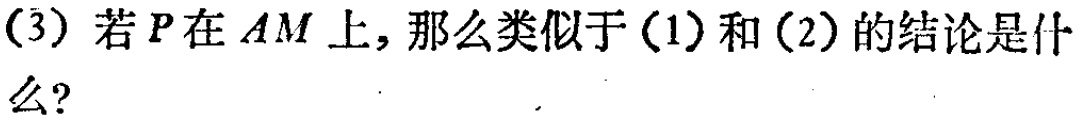
(3) 若\(P\)在\(AM\)上，那么类似于(1)和(2)的结论是什么？